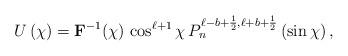
LaTeX: \begin{align*}U \left( \chi \right)={\mathbf F}^{-1}(\chi)\,\cos^{\ell+1}\chi \, P_n^{\ell-b+\frac{1}{2}, \ell+b+\frac{1}{2}}\left(\sin \chi \right),\end{align*}